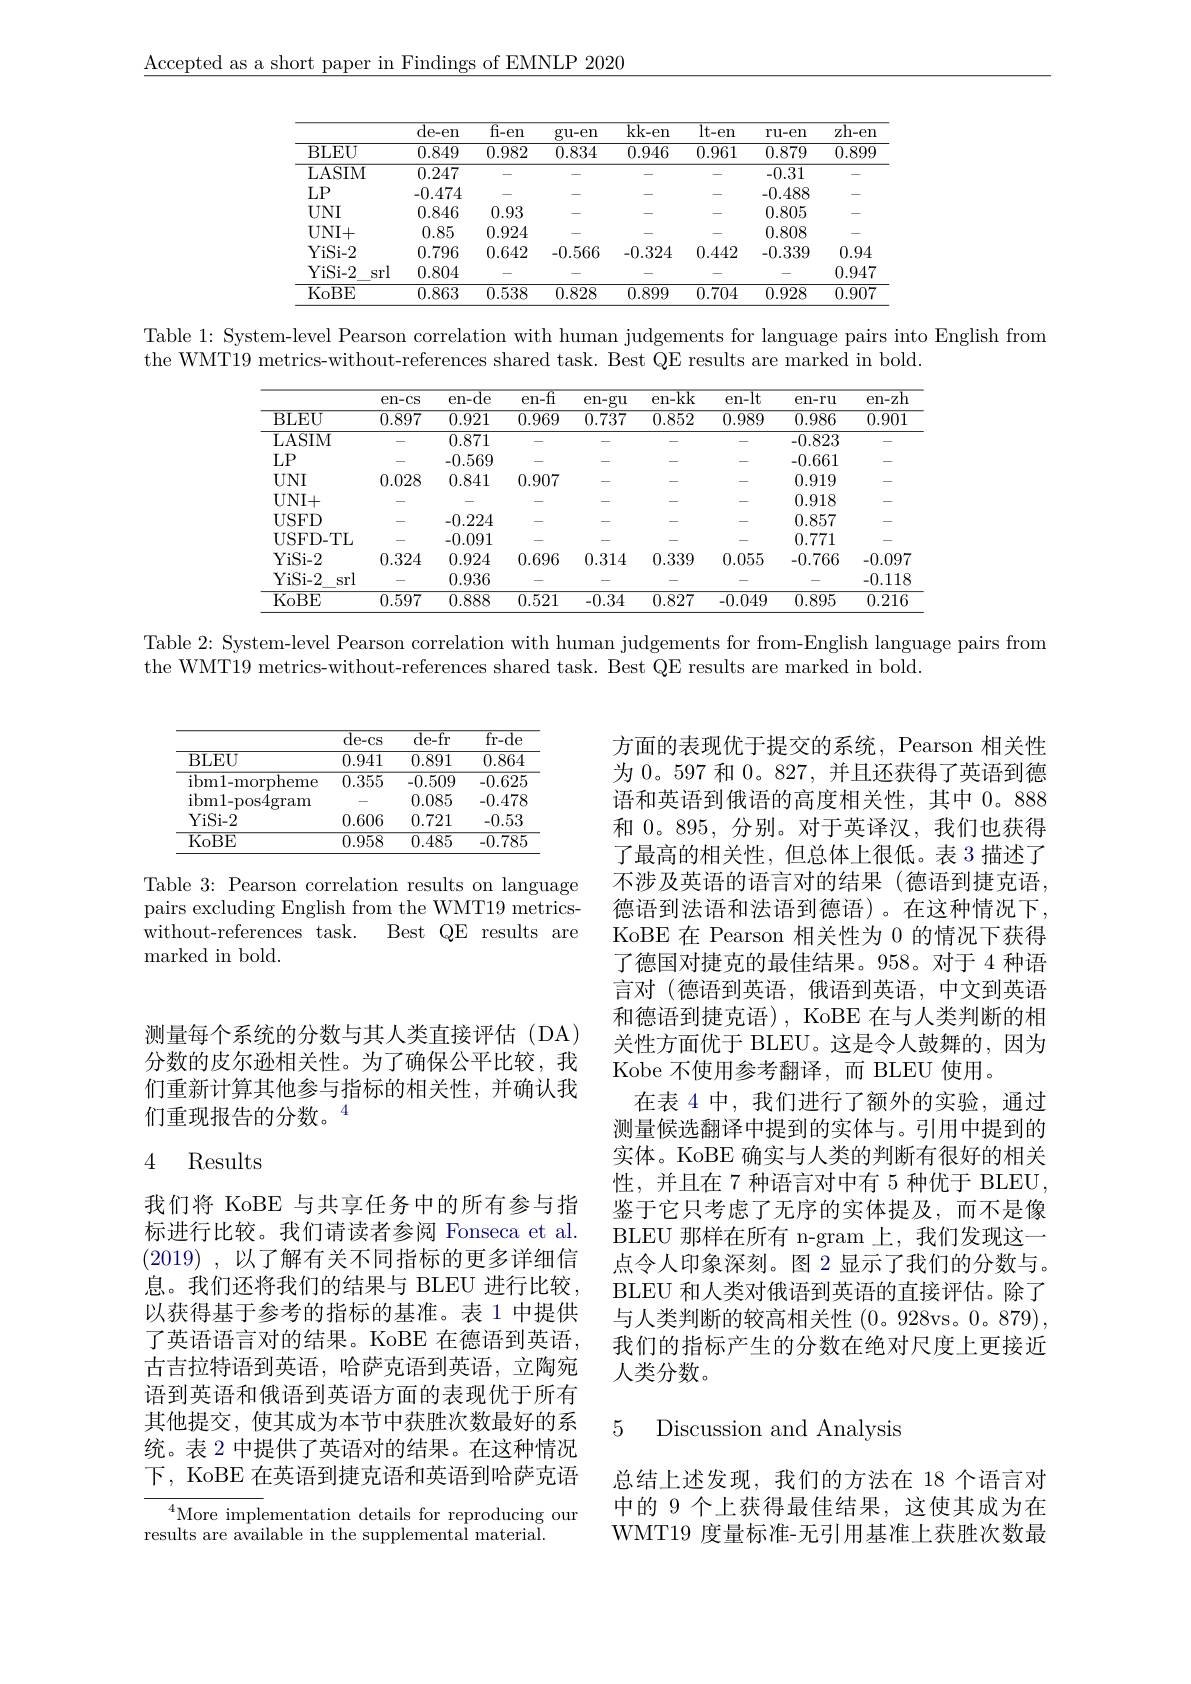
$\underline{\text{Accepted as a short paper in Findings of EMNLP 2020}}$

<table>
	<tbody>
		<tr>
			<th> </th>
			<th>$\overline{\mathrm{de-en}}$</th>
			<th>$\overline{\mathrm{fi-en}}$</th>
			<th>gu-en</th>
			<th>$\overline{\mathrm{kk-en}}$</th>
			<th>lt- en</th>
			<th>ru- en</th>
			<th>$zh-en$</th>
		</tr>
		<tr>
			<th>BLEU</th>
			<th>0.849</th>
			<th>0.982</th>
			<th>0.834</th>
			<th>0.946</th>
			<th>0.961</th>
			<th>0.879</th>
			<th>0.899</th>
		</tr>
		<tr>
			<td>LASIM</td>
			<td>0.247</td>
			<td> </td>
			<td> </td>
			<td> </td>
			<td> </td>
			<td>-0.31</td>
			<td>- $\frac{1}{2}=\frac{1}{2}=\frac{1}{2}$</td>
		</tr>
		<tr>
			<td>$LP$</td>
			<td>-0.474</td>
			<td> </td>
			<td> </td>
			<td> </td>
			<td> </td>
			<td>-0.488</td>
			<td>.</td>
		</tr>
		<tr>
			<td>$UNI$</td>
			<td>0.846</td>
			<td>0.93</td>
			<td> </td>
			<td> </td>
			<td> </td>
			<td>0.805</td>
			<td>.</td>
		</tr>
		<tr>
			<td>$UNI+$</td>
			<td>0.85</td>
			<td>0.924</td>
			<td> </td>
			<td> </td>
			<td> </td>
			<td>0.808</td>
			<td>.</td>
		</tr>
		<tr>
			<td>YiSi- 2</td>
			<td>0.796</td>
			<td>0.642</td>
			<td>-0.566</td>
			<td>-0.324</td>
			<td>0.442</td>
			<td>-0.339</td>
			<td>0.94</td>
		</tr>
		<tr>
			<td>YiSi- 2 srl</td>
			<td>0.804</td>
			<td> </td>
			<td> </td>
			<td> </td>
			<td> </td>
			<td> </td>
			<td>0.947</td>
		</tr>
		<tr>
			<td>KoBE</td>
			<td>0.863</td>
			<td>0.538</td>
			<td>0.828</td>
			<td>0.899</td>
			<td>0.704</td>
			<td>0.928</td>
			<td>0.907</td>
		</tr>
	</tbody>
</table>

Table 1: System-level Pearson correlation with human judgements for language pairs into English from
the WMT19 metrics-without-references shared task. Best QE results are marked in bold.

<table>
	<tbody>
		<tr>
			<th> </th>
			<th>en- cs</th>
			<th>en-de</th>
			<th>en-fi</th>
			<th>en- gu</th>
			<th>en-kk</th>
			<th>$en-lt$</th>
			<th>en- ru</th>
			<th>en- zh</th>
		</tr>
		<tr>
			<td>$\operatorname{BLEU}$</td>
			<td>$\overline{0.897}$</td>
			<td>$\overline{0.921}$</td>
			<td>$\overline{0.969}$</td>
			<td>$\overline{0.737}$</td>
			<td>$\overline{0.852}$</td>
			<td>$\overline{0.989}$</td>
			<td>$\overline{0.986}$</td>
			<td>$\overline{0.901}$</td>
		</tr>
		<tr>
			<td>LASIM</td>
			<td>-</td>
			<td>0.871</td>
			<td>-</td>
			<td> </td>
			<td> </td>
			<td> </td>
			<td>-0.823</td>
			<td>- - $\frac{1}{2}=\frac{1}{2}=\frac{1}{2}$</td>
		</tr>
		<tr>
			<td>$LP$</td>
			<td> </td>
			<td>-0.569</td>
			<td> </td>
			<td> </td>
			<td> </td>
			<td> </td>
			<td>-0.661</td>
			<td> </td>
		</tr>
		<tr>
			<td>$UNI$</td>
			<td>0.028</td>
			<td>0.841</td>
			<td>0.907</td>
			<td> </td>
			<td> </td>
			<td> </td>
			<td>0.919</td>
			<td>-</td>
		</tr>
		<tr>
			<td>$UNI+$</td>
			<td> </td>
			<td> </td>
			<td> </td>
			<td> </td>
			<td> </td>
			<td> </td>
			<td>0.918</td>
			<td> </td>
		</tr>
		<tr>
			<td>USFD</td>
			<td> </td>
			<td>-0.224</td>
			<td> </td>
			<td> </td>
			<td> </td>
			<td> </td>
			<td>0.857</td>
			<td>-</td>
		</tr>
		<tr>
			<td>USFD- TL</td>
			<td> </td>
			<td>-0.091</td>
			<td> </td>
			<td> </td>
			<td> </td>
			<td> </td>
			<td>0.771</td>
			<td> </td>
		</tr>
		<tr>
			<td>YiSi- 2</td>
			<td>0.324</td>
			<td>0.924</td>
			<td>0.696</td>
			<td>0.314</td>
			<td>0.339</td>
			<td>0.055</td>
			<td>-0.766</td>
			<td>-0.097</td>
		</tr>
		<tr>
			<td>YiSi- 2 srl</td>
			<td> </td>
			<td>0.936</td>
			<td> </td>
			<td> </td>
			<td> </td>
			<td> </td>
			<td> </td>
			<td>$-0.11\xi$</td>
		</tr>
		<tr>
			<td>KoBE</td>
			<td>0.597</td>
			<td>0.888</td>
			<td>0.521</td>
			<td>-0.34</td>
			<td>0.827</td>
			<td>-0.049</td>
			<td>0.895</td>
			<td>0.216</td>
		</tr>
	</tbody>
</table>

Table 2: System-level Pearson correlation with human judgements for from-English language pairs from

the WMT19 metrics-without-references shared task. Best QE results are marked in bold.

<table>
	<tbody>
		<tr>
			<th> </th>
			<th>$\overline{\mathrm{de-cs}}$</th>
			<th>${\overline{\mathrm{de-fr}}}$</th>
			<th>${\overline{{\mathrm{fr-de}}}}$</th>
		</tr>
		<tr>
			<td>BLEU</td>
			<td>0.941</td>
			<td>0.891</td>
			<td>0.864</td>
		</tr>
		<tr>
			<td>ibm1- morpheme</td>
			<td>0.355</td>
			<td>-0.509</td>
			<td>-0.625</td>
		</tr>
		<tr>
			<td>ibm1- pos4gram</td>
			<td> </td>
			<td>0.085</td>
			<td>-0.478</td>
		</tr>
		<tr>
			<td>YiSi- 2</td>
			<td>0.606</td>
			<td>0.721</td>
			<td>-0.53</td>
		</tr>
		<tr>
			<td>KoBE</td>
			<td>$\overline{0.958}$</td>
			<td>0.485</td>
			<td>-0.785</td>
		</tr>
	</tbody>
</table>

Table 3: Pearson correlation results on language pairs excluding English from the WMT19 metricswithout-references task.
Best QE results are
marked in bold.

测量每个系统的分数与其人类直接评估(DA) 分数的皮尔逊相关性。为了确保公平比较，我们重新计算其他参与指标的相关性，并确认我们重现报告的分数。$^{4}$

## 4 Results

我们将 KoBE 与共享任务中的所有参与指标进行比较。我们请读者参阅 Fonseca et al. (2019) , 以了解有关不同指标的更多详细信息。我们还将我们的结果与 BLEU 进行比较， 以获得基于参考的指标的基准。表 1 中提供了英语语言对的结果。KoBE 在德语到英语， 古吉拉特语到英语，哈萨克语到英语，立陶宛语到英语和俄语到英语方面的表现优于所有其他提交，使其成为本节中获胜次数最好的系统。表 2 中提供了英语对的结果。在这种情况下，KoBE 在英语到捷克语和英语到哈萨克语

$^4$More implementation details for reproducing our
results are available in the supplemental material.

方面的表现优于提交的系统，Pearson 相关性为 0。597 和0。827,并且还获得了英语到德语和英语到俄语的高度相关性，其中 0。888和 0。895, 分别。对于英译汉，我们也获得了最高的相关性，但总体上很低。表 3 描述了不涉及英语的语言对的结果(德语到捷克语， 德语到法语和法语到德语)。在这种情况下， KoBE 在 Pearson 相关性为 0 的情况下获得了德国对捷克的最佳结果。958。对于 4 种语言对 (德语到英语，俄语到英语，中文到英语和德语到捷克语), KoBE 在与人类判断的相关性方面优于 BLEU。这是令人鼓舞的，因为Kobe 不使用参考翻译，而 BLEU 使用。
在表 4 中，我们进行了额外的实验，通过测量候选翻译中提到的实体与。引用中提到的实体。KoBE 确实与人类的判断有很好的相关性，并且在 7 种语言对中有 5 种优于 BLEU , 鉴于它只考虑了无序的实体提及，而不是像BLEU 那样在所有 n-gram 上，我们发现这一点令人印象深刻。图 2 显示了我们的分数与。BLEU 和人类对俄语到英语的直接评估。除了与人类判断的较高相关性 (0。928vs。0。879), 我们的指标产生的分数在绝对尺度上更接近人类分数。

5 Discussion and Analysis

总结上述发现，我们的方法在 18 个语言对中的 9 个上获得最佳结果，这使其成为在WMT19 度量标准-无引用基准上获胜次数最